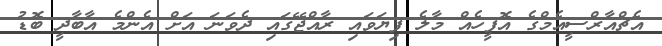
އެޗްއާރްސީއެމްގެ އޮފީހެއް މާލެ ފިޔަވައި ރާއްޖޭގައި ދެވަނަ އަށް އެންމެ އާބާދީ ބޮޑު